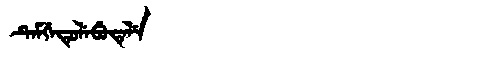
Manchu: ᡨᡝᠮᡤᡝᡨᡠᠯᡝᠪᡠᡨᡝᠯᡝ
Romanization: TEMGETULEBUTELE